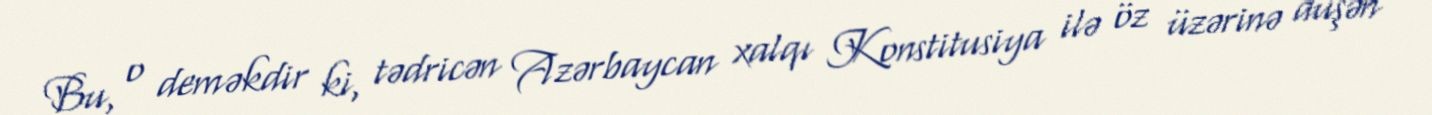
Bu, o deməkdir ki, tədricən Azərbaycan xalqı Konstitusiya ilə öz üzərinə düşən